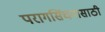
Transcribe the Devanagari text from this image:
परागसिंचनासाठी